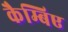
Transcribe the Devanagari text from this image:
कैम्बिए